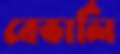
বেভার্লি